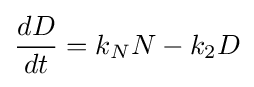
{\frac {dD}{dt}}=k_{N}N-k_{2}D